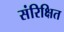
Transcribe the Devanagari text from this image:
संरिक्षित